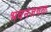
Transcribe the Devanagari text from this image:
भवनजवळ